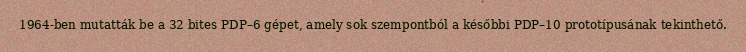
1964-ben mutatták be a 32 bites PDP–6 gépet, amely sok szempontból a későbbi PDP–10 prototípusának tekinthető.